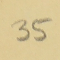
35